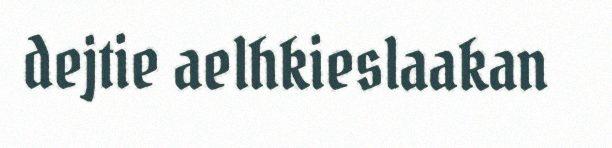
dejtie aelhkieslaakan